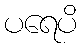
ပရေပိ